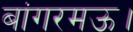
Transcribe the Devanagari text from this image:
बांगरमऊ।